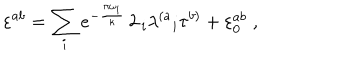
\varepsilon ^ { a b } = \sum _ { i } e ^ { - { \frac { \pi \omega _ { i } } { \kappa } } } \, 2 \, _ { i } { \lambda ^ { \left( a \right. } } _ { i } \tau ^ { \left. b \right) } + \varepsilon _ { 0 } ^ { a b } \; ,